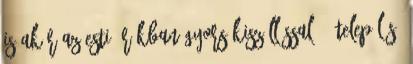
is akár az esti órákban gyors kiszállással. . Település: